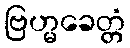
ဗြဟ္မခေတ္တံ